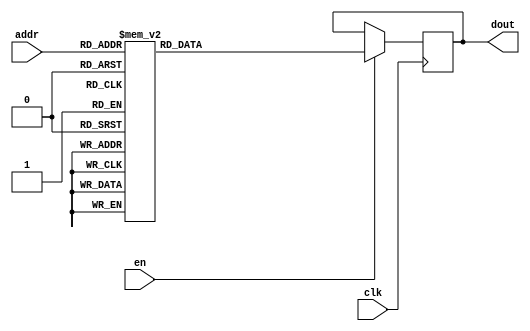
`timescale 1ns / 1ps
/*
Copyright
All right reserved.
Module Name: rom_syn
Author  : Zichuan Liu, Yixing Li and Wenye Liu.
Description:
A synthesized ROM: ROM_DEP x ROM_WID
*/
module EC_1_REF_ROM_13(
// inputs
clk,
en,
addr,
// outputs
dout
);
localparam ROM_WID = 12;
localparam ROM_DEP = 32;
localparam ROM_ADDR = 5;
// input definition
input clk;
input en;
input [ROM_ADDR-1:0] addr;
// output definition
output [ROM_WID-1:0] dout;
reg [ROM_WID-1:0] data;
always @(posedge clk)
begin
if (en) begin
case(addr)
		5'd0: data <= 12'b010011000111;
		5'd1: data <= 12'b010000111010;
		5'd2: data <= 12'b010001110101;
		5'd3: data <= 12'b010010111011;
		5'd4: data <= 12'b010011001100;
		5'd5: data <= 12'b010001010111;
		5'd6: data <= 12'b010010010100;
		5'd7: data <= 12'b010010101111;
		5'd8: data <= 12'b010010101100;
		5'd9: data <= 12'b010010101010;
		5'd10: data <= 12'b010011010000;
		5'd11: data <= 12'b010011000110;
		5'd12: data <= 12'b001111011101;
		5'd13: data <= 12'b010010110111;
		5'd14: data <= 12'b010010110100;
		5'd15: data <= 12'b010001110111;
		5'd16: data <= 12'b010010100101;
		5'd17: data <= 12'b010011110010;
		5'd18: data <= 12'b010011110110;
		5'd19: data <= 12'b010010111010;
		5'd20: data <= 12'b010001110100;
		5'd21: data <= 12'b010000111010;
		5'd22: data <= 12'b010010000100;
		5'd23: data <= 12'b010010110100;
		5'd24: data <= 12'b010011000110;
		5'd25: data <= 12'b010001001000;
		5'd26: data <= 12'b010001000010;
		5'd27: data <= 12'b010011111101;
		5'd28: data <= 12'b010000110111;
		5'd29: data <= 12'b010011111001;
		5'd30: data <= 12'b010001110110;
		5'd31: data <= 12'b010011010110;
		endcase
		end
	end
	assign dout = data;
endmodule